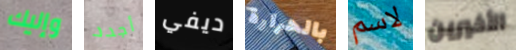
وإليك أجدد ديفي بالحرارة لاسم الأخيرين